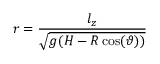
r = \frac { l _ { z } } { \sqrt { g ( H - R \cos ( \vartheta ) ) } }